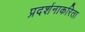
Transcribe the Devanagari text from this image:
प्रदर्शनाकरिता